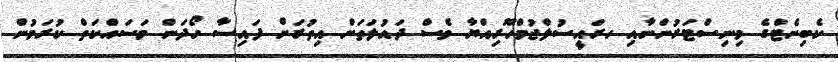
ކެބިނެޓްގެ މިނިސްޓަރުންނާއި ހރައީސުލްޖުމްހޫރިއްޔާ ވެސް ދައުލަތަށް އިތުރަށް ފައިސާ ހޯދަން މަސައްކަތް ކުރަމުން